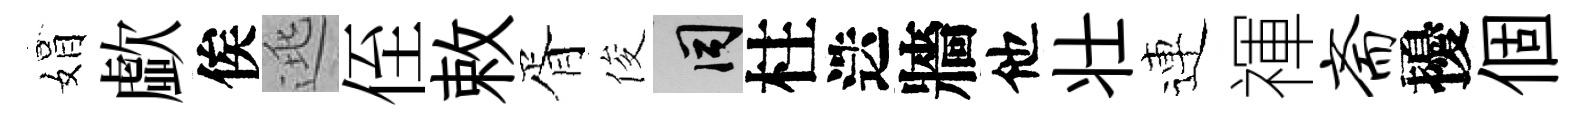
娟歔俟逃侄敕胥俊间柱迭牆他壮連禈斋擾個